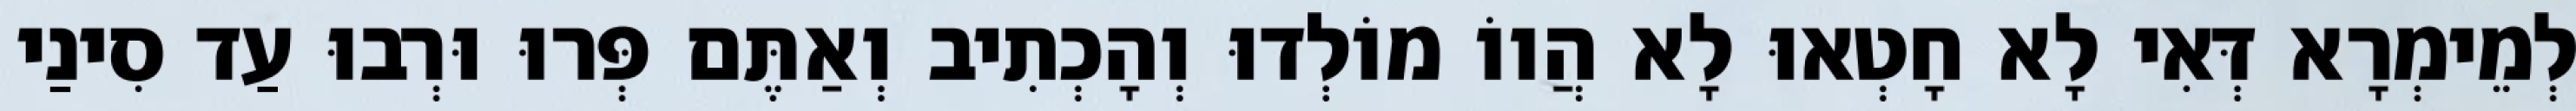
לְמֵימְרָא דְּאִי לָא חָטְאוּ לָא הֲווֹ מוֹלְדוּ וְהָכְתִיב וְאַתֶּם פְּרוּ וּרְבוּ עַד סִינַי